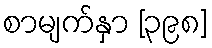
စာမျက်နှာ [၃၉၈]